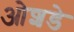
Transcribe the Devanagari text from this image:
ओशडे